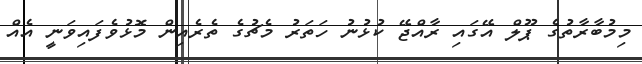
މިމުބާރާތުގެ ޕޫލް އޭގައި ރާއްޖޭ ކުޅުނު ހަތަރު މެޗުގެ ތެރެއިން މޮޅުވެފައިވަނީ އެއް